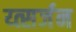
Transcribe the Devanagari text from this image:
य्त्सर्जन